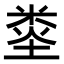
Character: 𥹿